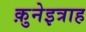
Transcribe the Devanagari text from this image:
क़ुनेइत्राह